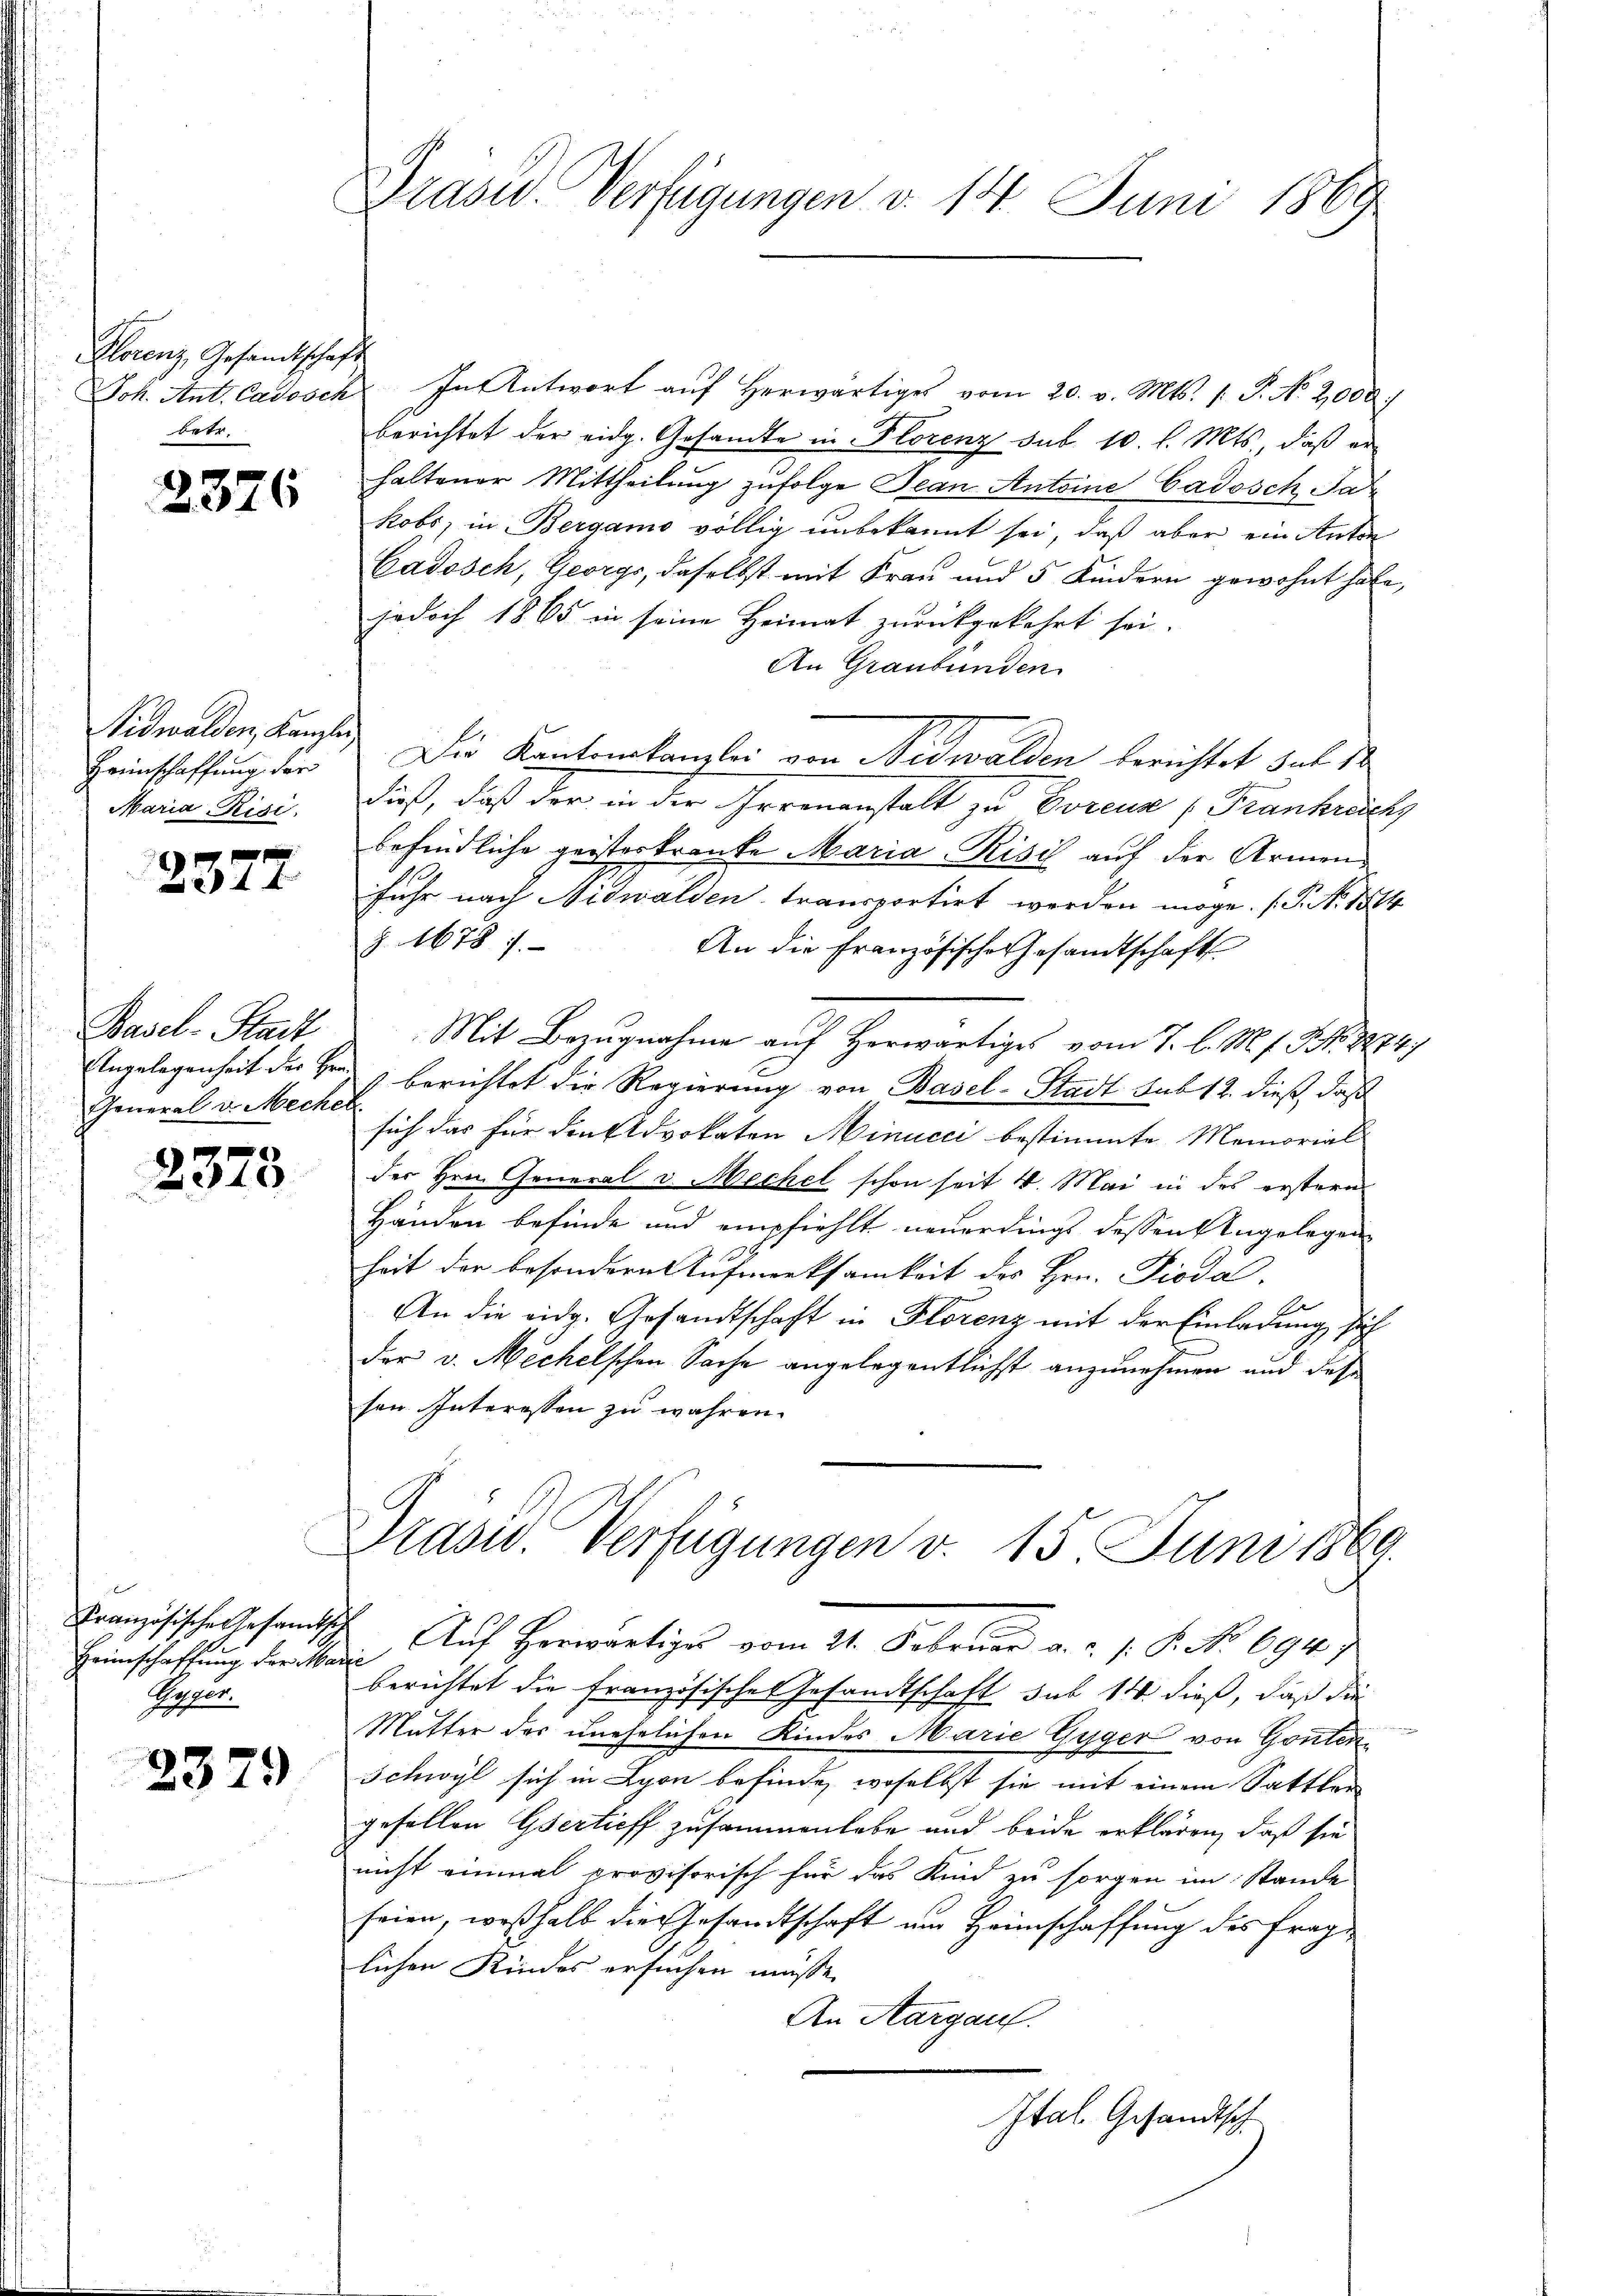
Florenz, Gesandtschaft
betr.

2376

Nidwalden, Kanzler,
Heinschaffung der
Maria Rigi.

232

Basel-Stadt
General v. Mechen.

2378

Französische Gesandts
Heimschaffung der Ma
.
gegger.

2379

Präsid. Verfügungen v. 14. Juni 1869

Joh. Ant. Cadosch In Antwort aŭf herwärtiges vom 20. v. Mts. 1. P. No 2,000
berichtet der eidg. Gesandte in Florenz sub. 10. l. Mts., daß er
haltener Mittheilung zufolge Jean Antoine Cadosch Sa
kobs, in Bergamo völlig unbekannt sei, daß aber ein Anton
Cadosch, Georgs, daselbst mit Frau und 5 Kindern gewohnt habe,
jedoch 1865 in seine Heimat zurückgekehrt sei.
An Graubünden.
Die Kantonskanzlei von Nidwalden berichtet sub 1
dieß, daß der in der Irrenanstalt zu Borene Frankrech
befindliche geisterkranke Maria-Risis auf der Armen
fuhr nach Nidwalden transportirt werden möge. (T. No. 1814.
§. 1678 7.
An die Französische Gesandtschaft
Mit Bezugnahme auf Herwärtiges vom 7. l. M. f. No. 1874.
Angelegenheit des Er berichtet die Regierung von Basel-Stadt sub 12. dieß, daß
sich das für den Advokaten Minucci bestimmte Memorial
der Hrn. General v. Mechel schon seit 4. Mai in des erstern
Händen befinde und empfiehlt neuerdings dessen Angelegen
heit der besondern Aufmerksamkeit des Hrn. Pioda,
E
An die eidg. Gesandtschaft in Florenz mit der Einladung sich
der v. Mechelschen Sache angelegentlicht anzunehmen und das
sen Interessen zu wahren.
Prasid. Verfügungen v. 15. Juni 1869.
d
Auf Herwärtige vom 21. Februar a. u. s. S. No 694.)
f
berichtet die französische Gesandtschaft sub 14 dieß, daß die
Mutter des unehelichen Kindes Marie Gyger von Gonten¬
Schwyl sich in Lyon befinde, woselbst sie mit einem Sattler
gefällen Gsertieff zusammenlebe und beide erklären, daß sie
nicht einmal provisorisch für das Kind zu sorgen im Stande
seien, weßhalb die Gesandtschaft am Heimschaffung des frage
lichen Kindes ersuchen müsse.
An Aargau.

Ital. Gesandtsch